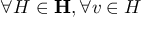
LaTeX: \forall H \in \mathbf { H } , \forall v \in H